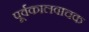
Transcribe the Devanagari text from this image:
पूर्वकालवाचक